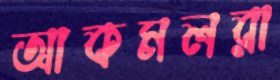
আকমলরা